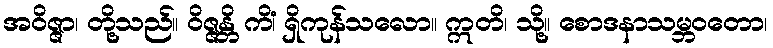
အဝိဇ္ဇာ၊ တို့သည်။ ဝိဇ္ဇန္တိ ကိံ၊ ရှိကုန်သလော။ ဣတိ၊ သို့။ စောဒနာသမ္ဘဝတော၊